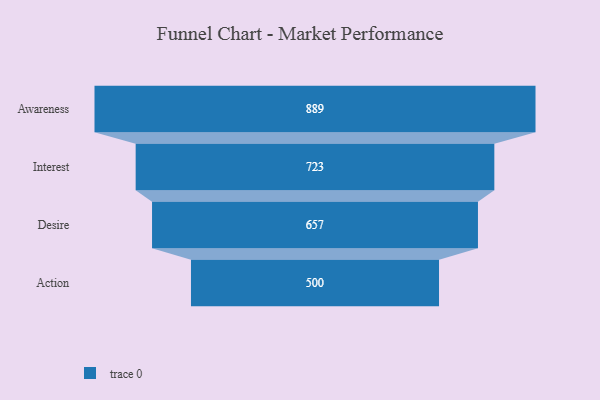
{"axis": {"x": "Stage", "y": "Value"}, "legend": [""], "data": [{"x": "Awareness", "y": 889.0, "type": ""}, {"x": "Interest", "y": 723.0, "type": ""}, {"x": "Desire", "y": 657.0, "type": ""}, {"x": "Action", "y": 500, "type": ""}]}